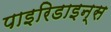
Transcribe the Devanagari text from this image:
पाइरिडाइन्स